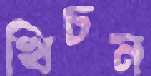
খিচন